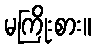
မကြိုးစား။